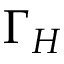
\Gamma _ { H }